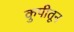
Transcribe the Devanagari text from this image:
कुपीतून